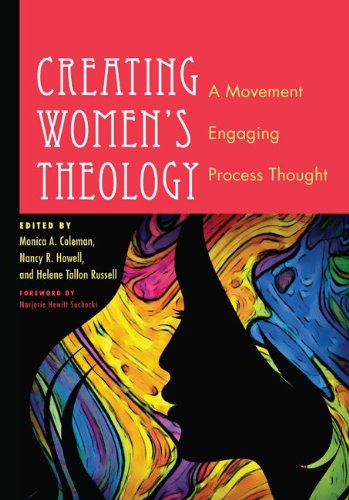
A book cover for Creating Women's Theology: A Movement Engaging Process Thought; Christian Books & Bibles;